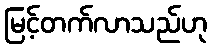
မြင့်တက်လာသည်ဟု